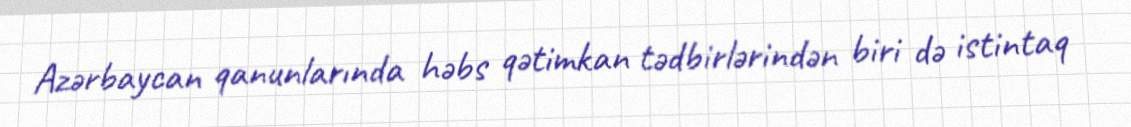
Azərbaycan qanunlarında həbs qətimkan tədbirlərindən biri də istintaq